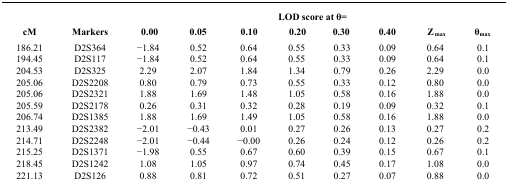
<table><thead><tr><td rowspan="2"><b>cM</b></td><td rowspan="2"><b>Markers</b></td><td colspan="8"><b>LOD score at θ=</b></td></tr><tr><td><b>0.00</b></td><td><b>0.05</b></td><td><b>0.10</b></td><td><b>0.20</b></td><td><b>0.30</b></td><td><b>0.40</b></td><td><b>Z<sub>max</sub></b></td><td><b>θ<sub>max</sub></b></td></tr></thead><tbody><tr><td>186.21</td><td>D2S364</td><td>−1.84</td><td>0.52</td><td>0.64</td><td>0.55</td><td>0.33</td><td>0.09</td><td>0.64</td><td>0.1</td></tr><tr><td>194.45</td><td>D2S117</td><td>−1.84</td><td>0.52</td><td>0.64</td><td>0.55</td><td>0.33</td><td>0.09</td><td>0.64</td><td>0.1</td></tr><tr><td>204.53</td><td>D2S325</td><td>2.29</td><td>2.07</td><td>1.84</td><td>1.34</td><td>0.79</td><td>0.26</td><td>2.29</td><td>0.0</td></tr><tr><td>205.06</td><td>D2S2208</td><td>0.80</td><td>0.79</td><td>0.73</td><td>0.55</td><td>0.33</td><td>0.12</td><td>0.80</td><td>0.0</td></tr><tr><td>205.06</td><td>D2S2321</td><td>1.88</td><td>1.69</td><td>1.48</td><td>1.05</td><td>0.58</td><td>0.16</td><td>1.88</td><td>0.0</td></tr><tr><td>205.59</td><td>D2S2178</td><td>0.26</td><td>0.31</td><td>0.32</td><td>0.28</td><td>0.19</td><td>0.09</td><td>0.32</td><td>0.1</td></tr><tr><td>206.74</td><td>D2S1385</td><td>1.88</td><td>1.69</td><td>1.49</td><td>1.05</td><td>0.58</td><td>0.16</td><td>1.88</td><td>0.0</td></tr><tr><td>213.49</td><td>D2S2382</td><td>−2.01</td><td>−0.43</td><td>0.01</td><td>0.27</td><td>0.26</td><td>0.13</td><td>0.27</td><td>0.2</td></tr><tr><td>214.71</td><td>D2S2248</td><td>−2.01</td><td>−0.44</td><td>−0.00</td><td>0.26</td><td>0.24</td><td>0.12</td><td>0.26</td><td>0.2</td></tr><tr><td>215.25</td><td>D2S1371</td><td>−1.98</td><td>0.55</td><td>0.67</td><td>0.60</td><td>0.39</td><td>0.15</td><td>0.67</td><td>0.1</td></tr><tr><td>218.45</td><td>D2S1242</td><td>1.08</td><td>1.05</td><td>0.97</td><td>0.74</td><td>0.45</td><td>0.17</td><td>1.08</td><td>0.0</td></tr><tr><td>221.13</td><td>D2S126</td><td>0.88</td><td>0.81</td><td>0.72</td><td>0.51</td><td>0.27</td><td>0.07</td><td>0.88</td><td>0.0</td></tr></tbody></table>